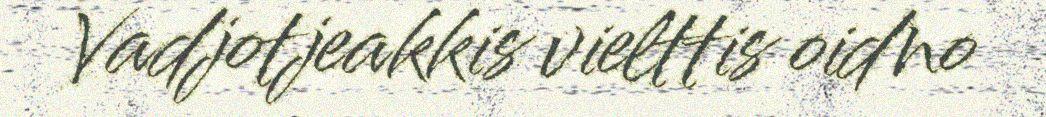
Vadjotjeakkis vielttis oidno